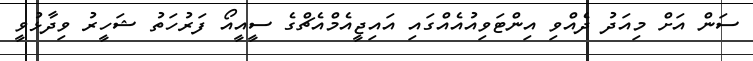
ސަން އަށް މިއަދު ދެއްވި އިންޓަވިއުއެއްގައި އައިޖީއެމްއެޗްގެ ސީއީއޯ ފަރުހަތު ޝަހީރު ވިދާޅުވީ